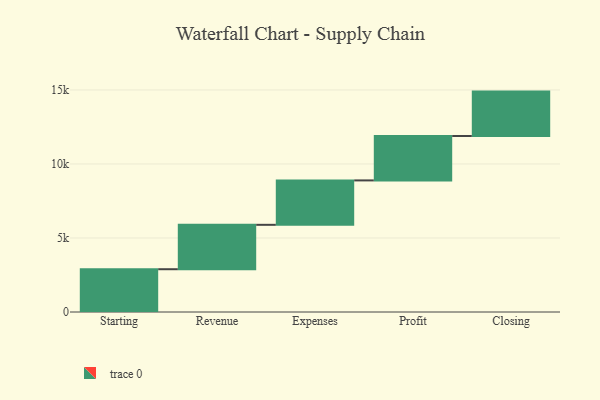
{"axis": {"x": "Step", "y": "Value"}, "legend": [""], "data": [{"x": "Starting", "y": 2890.0, "type": ""}, {"x": "Revenue", "y": 3000, "type": ""}, {"x": "Expenses", "y": 3000, "type": ""}, {"x": "Profit", "y": 3000, "type": ""}, {"x": "Closing", "y": 3000, "type": ""}]}